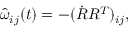
\begin{array} { r } { \hat { \omega } _ { i j } ( t ) = - ( \dot { R } R ^ { T } ) _ { i j } , } \end{array}